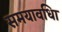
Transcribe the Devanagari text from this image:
समयावधिा